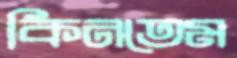
কিনতেম